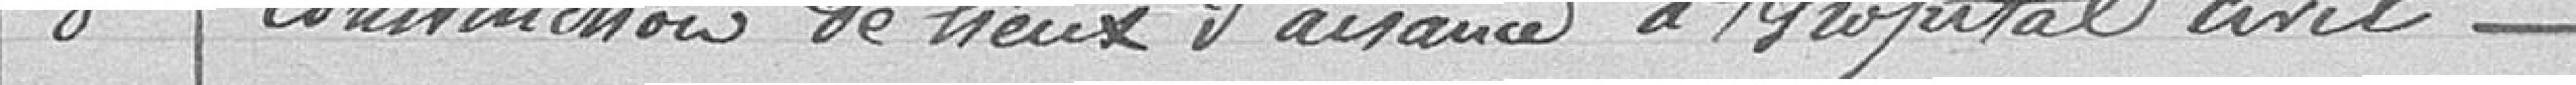
8. Construction de lieux d'aisance à l'hôpital civil